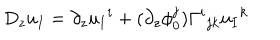
D _ { z } u _ { I } = \partial _ { z } u _ { I } { } ^ { i } + ( \partial _ { z } \phi _ { 0 } ^ { j } ) \Gamma ^ { i } { } _ { j k } u _ { I } { } ^ { k }